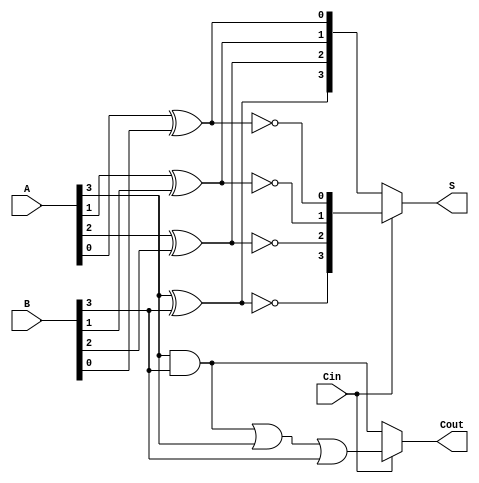
module ConditionalSumAdder #(parameter N = 4) (
    input [N-1:0] A,          // First n-bit input
    input [N-1:0] B,          // Second n-bit input
    input Cin,                // Carry-in
    output [N-1:0] S,         // n-bit sum output
    output Cout               // Carry-out
);

    wire [N-1:0] S0;          // Sum assuming Cin = 0
    wire [N-1:0] S1;          // Sum assuming Cin = 1
    wire [N-1:0] C0;          // Carry-out assuming Cin = 0
    wire [N-1:0] C1;          // Carry-out assuming Cin = 1

    // Generate sum and carry for each bit
    genvar i;
    generate
        for (i = 0; i < N; i = i + 1) begin : CSA
            // Sum assuming carry-in = 0
            assign S0[i] = A[i] ^ B[i] ^ 1'b0;
            assign C0[i] = (A[i] & B[i]) | (A[i] & 1'b0) | (B[i] & 1'b0);
            
            // Sum assuming carry-in = 1
            assign S1[i] = A[i] ^ B[i] ^ 1'b1;
            assign C1[i] = (A[i] & B[i]) | (A[i] & 1'b1) | (B[i] & 1'b1);
        end
    endgenerate

    // Select final sum and carry-out based on Cin
    assign S = (Cin == 1'b0) ? S0 : S1;
    assign Cout = (Cin == 1'b0) ? C0[N-1] : C1[N-1];

endmodule